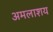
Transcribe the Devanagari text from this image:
अमलाशय